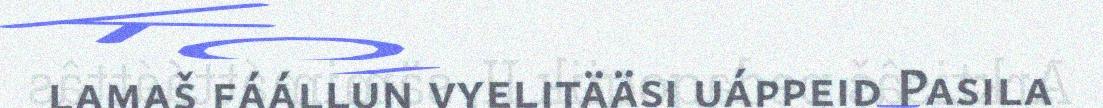
lamaš fáállun vyelitääsi uáppeid Pasila